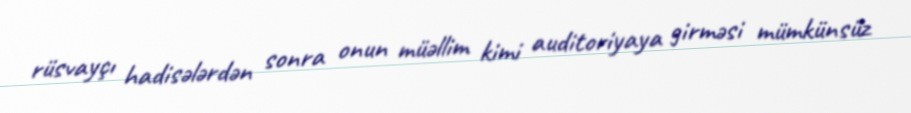
rüsvayçı hadisələrdən sonra onun müəllim kimi auditoriyaya girməsi mümkünsüz